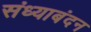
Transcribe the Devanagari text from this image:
संध्याबंदन